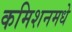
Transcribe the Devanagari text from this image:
कमिशनमधे